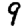
Digit: 9